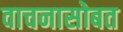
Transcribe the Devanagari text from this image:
वाचनासोबत